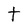
Character: t